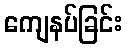
ကျေနပ်ခြင်း